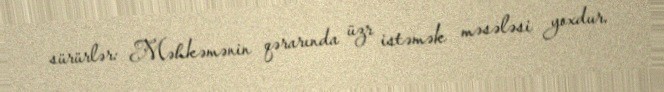
sürürlər: Məhkəmənin qərarında üzr istəmək məsələsi yoxdur.